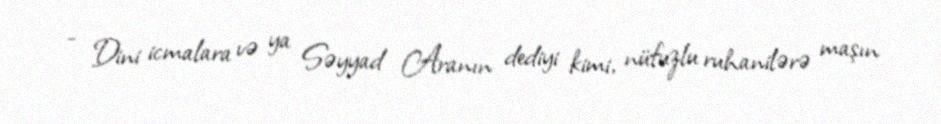
- Dini icmalara və ya Səyyad Aranın dediyi kimi, nüfuzlu ruhanilərə maşın